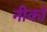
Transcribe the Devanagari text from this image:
नीको